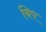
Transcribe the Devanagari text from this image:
बिप